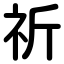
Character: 祈